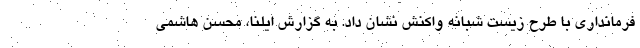
فرمانداری با طرح زیست شبانه واکنش نشان داد. به گزارش ایلنا، محسن هاشمی